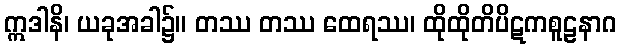
ဣဒါနိ၊ ယခုအခါ၌။ တဿ တဿ ထေရဿ၊ ထိုထိုတိပိဋကစူဠနာဂ